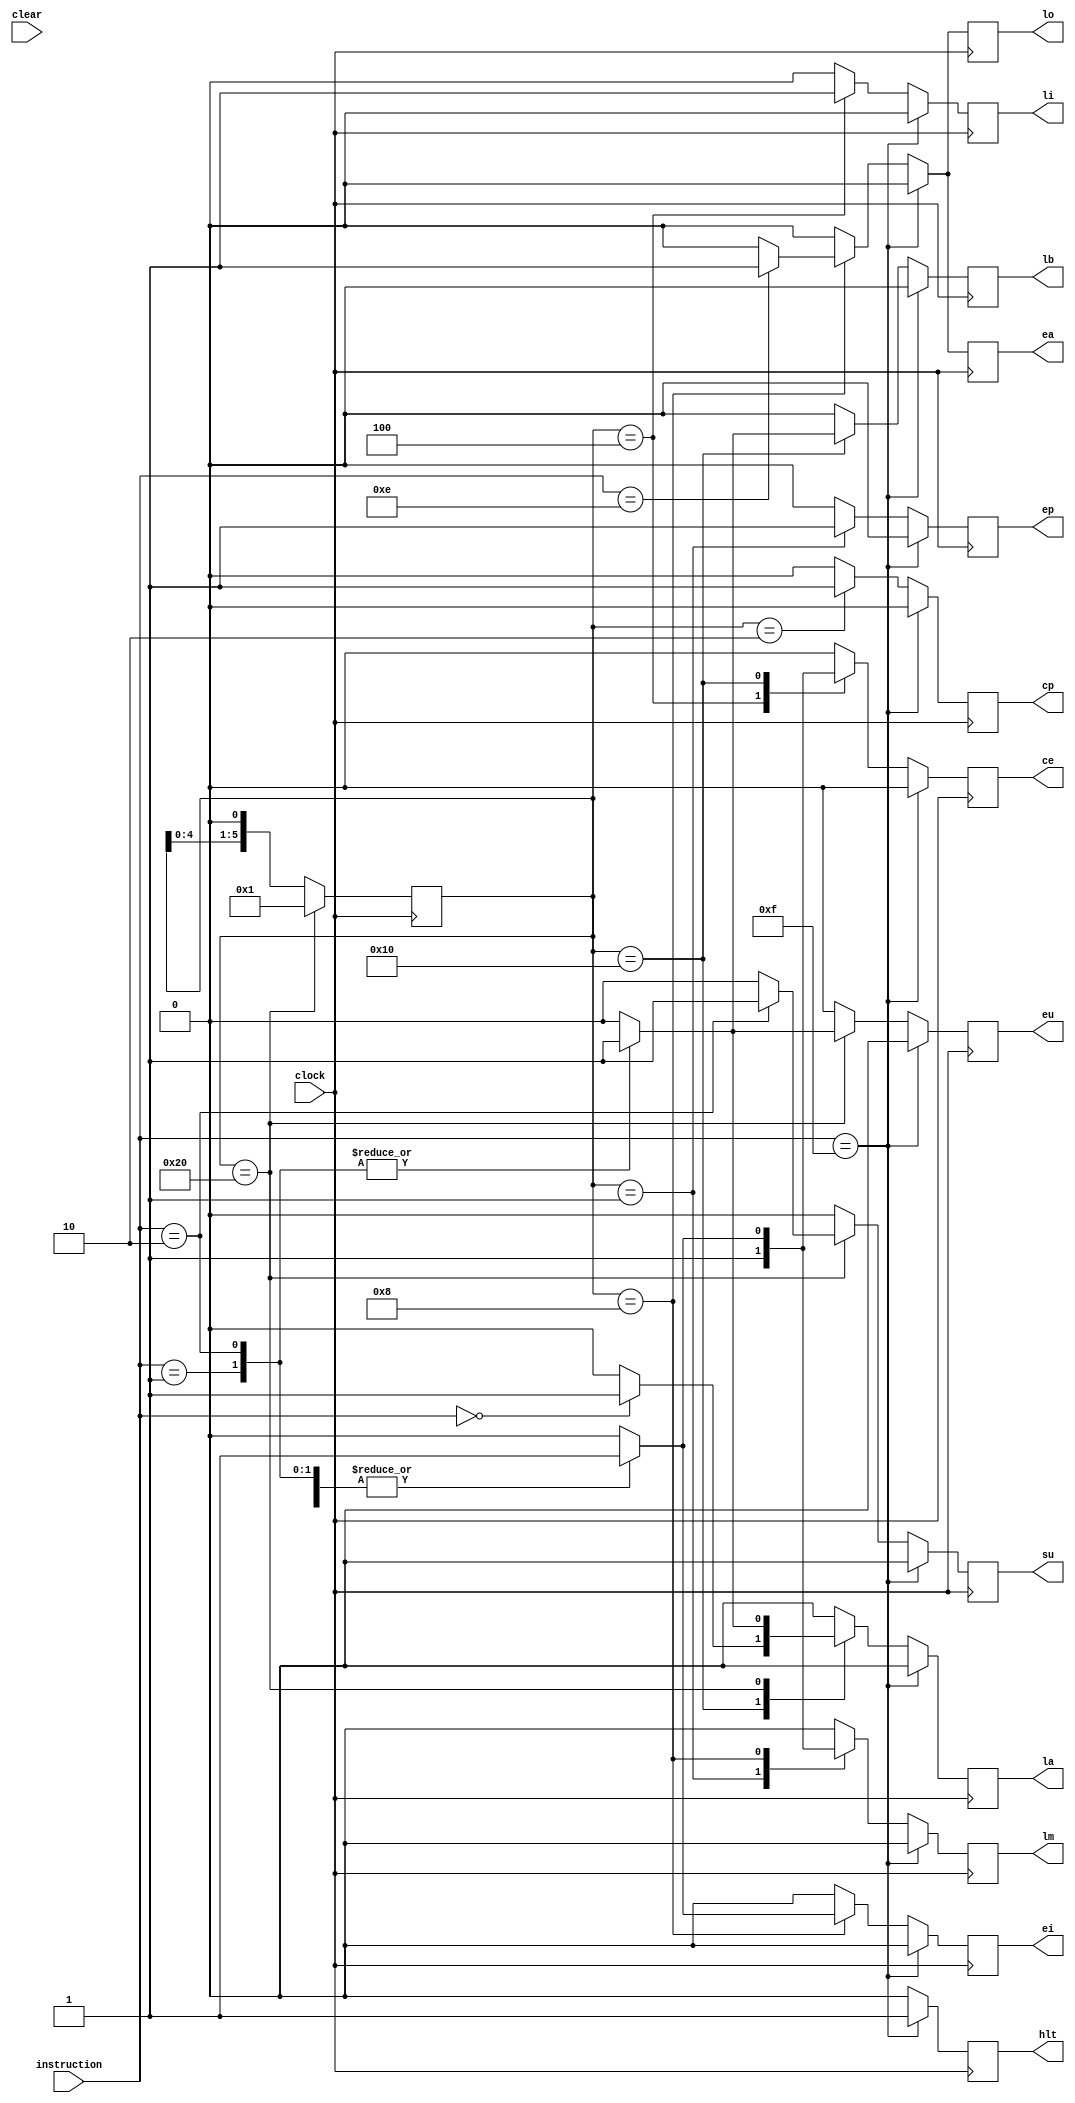
module controller (
	input clock,
	input clear,
	input [3:0] instruction, //vem do instruction register
	output reg cp,
	output reg ep,
	output reg la,
	output reg ea,
	output reg lm,
	output reg su,
	output reg eu,
	output reg ce,
	output reg lb,
	output reg li,
	output reg ei,
	output reg lo,
	output reg hlt
);

	parameter LDA = 4'b0000;
	parameter ADD = 4'b0001;
	parameter SUB = 4'b0010;
	parameter OUT = 4'b1110;
	parameter HLT = 4'b1111;
	
	parameter T1 = 6'b000001;
	parameter T2 = 6'b000010;
	parameter T3 = 6'b000100;
	parameter T4 = 6'b001000;
	parameter T5 = 6'b010000;
	parameter T6 = 6'b100000;

	reg [5:0] ring_counter = T1;
	
always @(negedge clock) begin
	
	cp <= 0; ep <= 0; la <= 0; ea <= 0; lm <= 0; su <= 0; 
	eu <= 0; ce <= 0; lb <= 0; li <= 0; ei <= 0; lo <= 0; hlt <= 0;
	
	if(instruction == HLT) hlt <= 1;
	else begin 
		case(ring_counter)
			T1: begin ep <= 1; lm <= 1; end
			T2: cp <= 1;
			T3: begin ce <= 1; li <= 1; end
			T4: begin
					case(instruction)
						LDA, ADD, SUB: begin lm <= 1; ei <= 1; end
						OUT: begin ea <= 1; lo <= 1; end
						HLT: hlt <= 1;
					endcase
				 end
			T5: begin
					case(instruction)
						LDA: begin ce <= 1; la <= 1; end
						ADD, SUB: begin ce <= 1; lb <= 1; end
						HLT: hlt <= 1;
					endcase
				 end
			T6: begin
					case(instruction)
						ADD: begin la <= 1; eu <= 1; end
						SUB: begin la <= 1; su <= 1; eu <= 1; end
						HLT: hlt <= 1;
					endcase
				 end	
		endcase
	end
	
	if(ring_counter == T6) ring_counter <= T1;
	else ring_counter <= ring_counter << 1;
end
	
	
endmodule